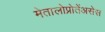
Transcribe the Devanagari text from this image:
मेतालोप्रोतेंअसेस